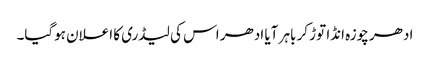
ادھر چوزہ انڈا توڑ کر باہر آیا ادھر اس کی لیڈری کا اعلان ہوگیا۔